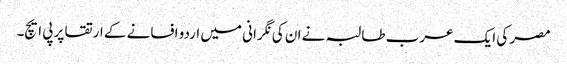
مصر کی ایک عرب طالبہ نے ان کی نگرانی میں اردو افسانے کے ارتقا پر پی ایچ۔